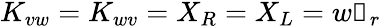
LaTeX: K_{vw}=K_{wv}=X_{R}=X_{L}=w\mathbb{1}_{r}